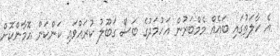
އެ ހާލަތުގައި ބައެއް މެމްބަރުން އަހުމަދުގެ ބަސް ގަބޫލު ކުރައްވައި ކަންކަން އޮމާންކޮށް